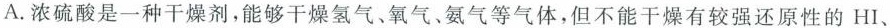
A.浓硫酸是一种干燥剂，能够干燥氢气、氧气、氨气等气体，但不能干燥有较强还原性的HI、